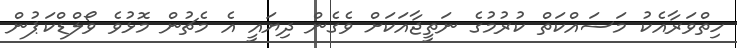
ހިތްވަރާއެކު މަސައްކަތް ކުރުމުގެ ނަތީޖާއަކަށް ވެގެން ދިޔައީ އެ މެޗުން މޮޅުވެ ވޯލްޑްކަޕުން